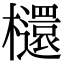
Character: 𣟳